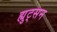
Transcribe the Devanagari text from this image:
ह्युट्सन